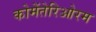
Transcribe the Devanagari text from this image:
कोमेंतेरिओरम